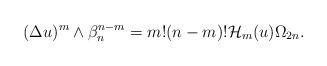
LaTeX: \begin{align*} (\Delta u)^{m}\wedge \beta_n ^{n-m}=m!(n-m)!\mathcal{H}_m(u)\Omega_{2n}. \end{align*}